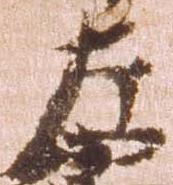
左